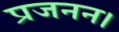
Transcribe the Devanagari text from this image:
प्रजनन।